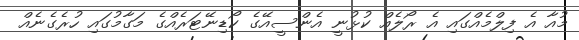
މުއާ އެ ފިލްމެއްގައި އެ ރޯލެއް ކުޅުނީ އެންސީއޭގެ ކޯޑިނޭޓަރެއްގެ މަގާމުގައި ހުރެގެނެއް